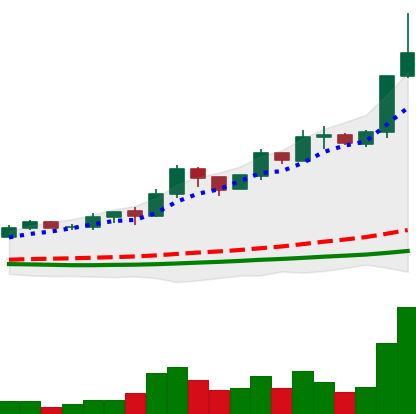
Ticker: ADA-USD
Chart end date: 2019-04-03
Forward return: -4.094%
Label: down_3_5